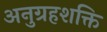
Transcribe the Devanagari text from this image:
अनुग्रहशक्ति